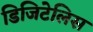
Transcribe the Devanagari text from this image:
डिजिटेलिस